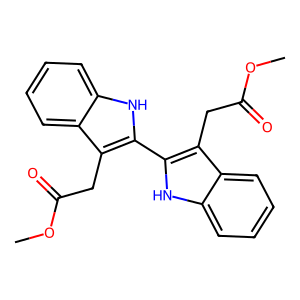
SMILES: COC(=O)Cc1c(-c2[nH]c3ccccc3c2CC(=O)OC)[nH]c2ccccc12
Inhibits HIV replication: No